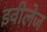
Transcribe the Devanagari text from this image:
इवीलेज